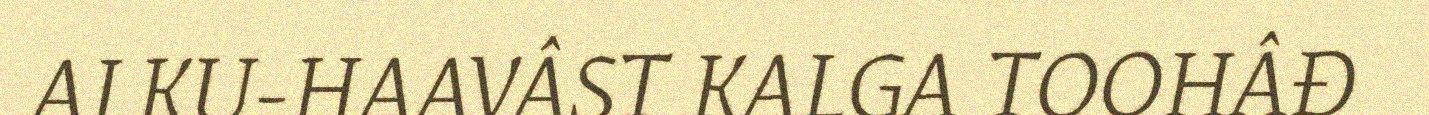
ALKU-HAAVÂST KALGA TOOHÂĐ